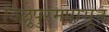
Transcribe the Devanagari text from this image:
विल्लुपुरमपासून